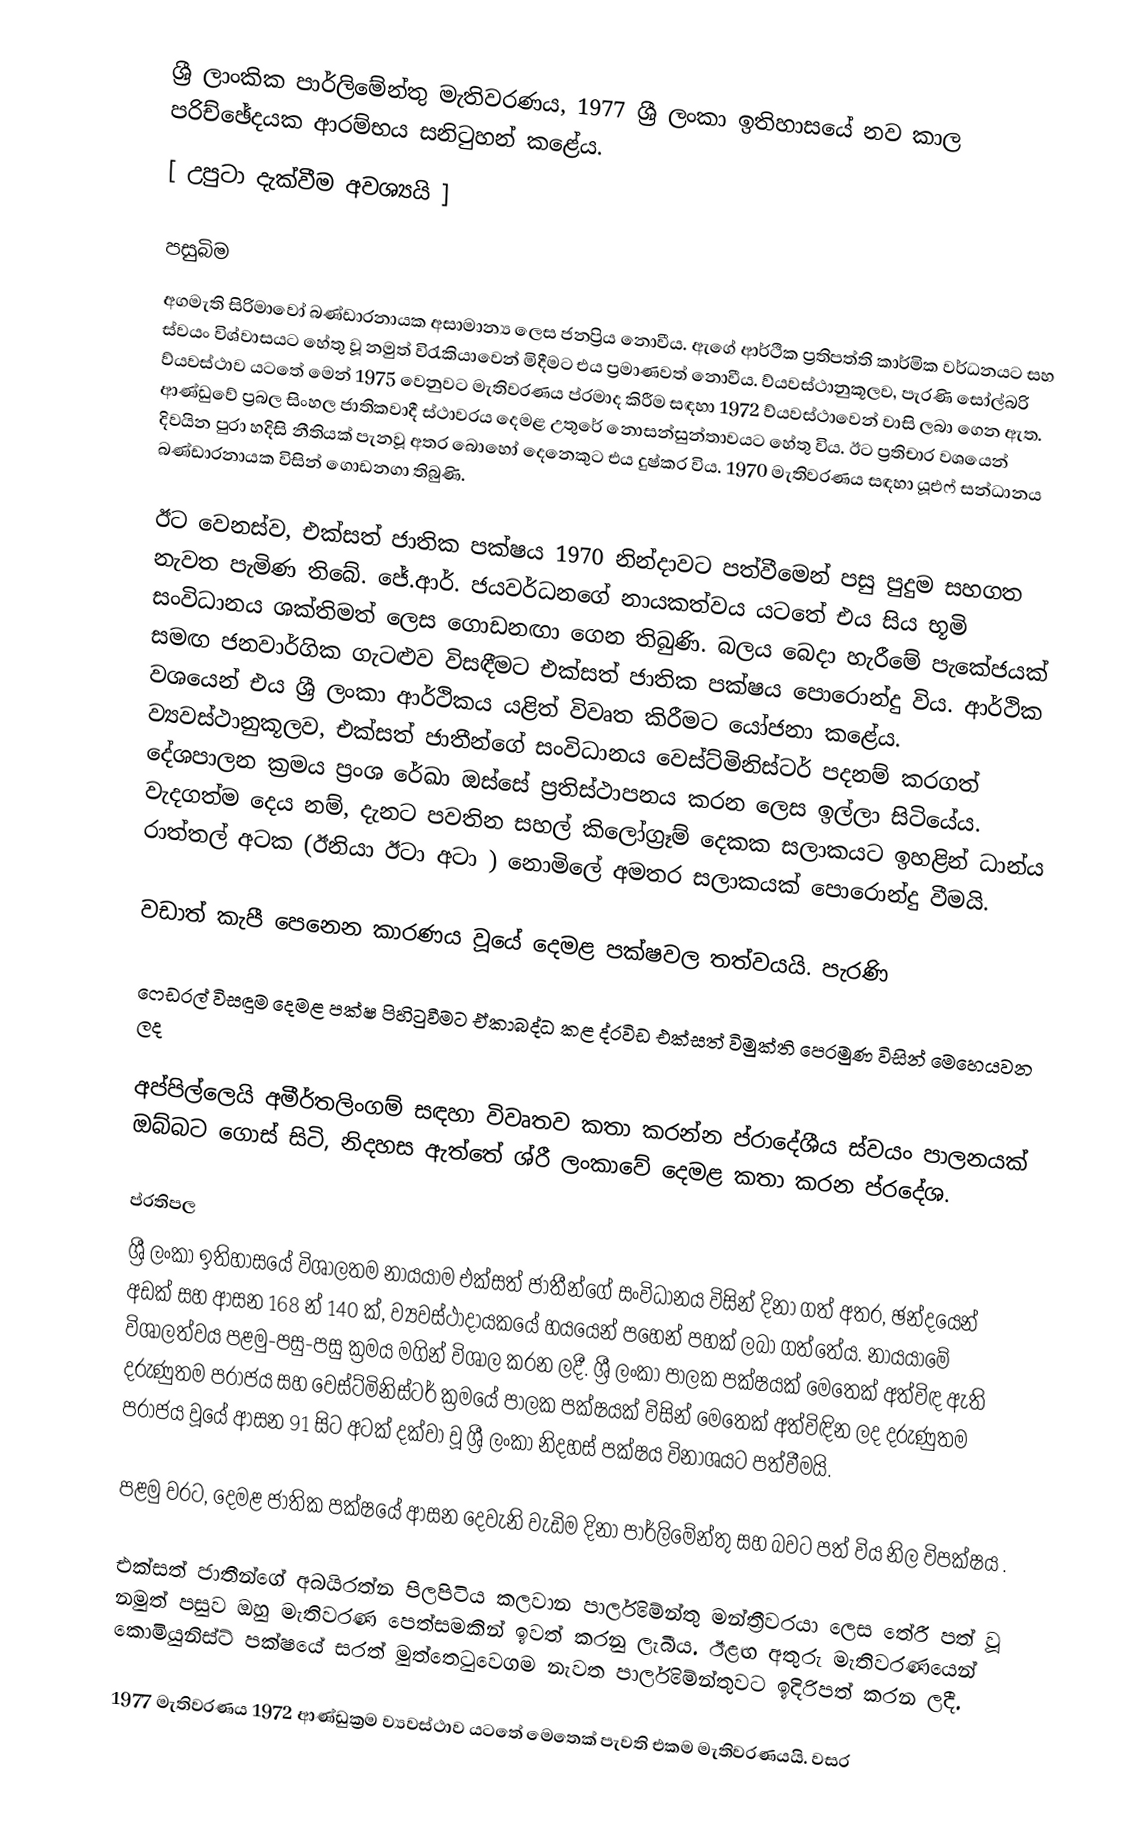
ශ්‍රී ලාංකික පාර්ලිමේන්තු මැතිවරණය, 1977  ශ්‍රී ලංකා ඉතිහාසයේ නව කාල පරිච්ඡේදයක ආරම්භය සනිටුහන් කළේය.
[ උපුටා දැක්වීම අවශ්‍යයි ]

පසුබිම
අගමැති සිරිමාවෝ බණ්ඩාරනායක අසාමාන්‍ය ලෙස ජනප්‍රිය නොවීය. ඇගේ ආර්ථික ප්‍රතිපත්ති කාර්මික වර්ධනයට සහ ස්වයං විශ්වාසයට හේතු වූ නමුත් විරැකියාවෙන් මිදීමට එය ප්‍රමාණවත් නොවීය. ව්යවස්ථානුකූලව, පැරණි සෝල්බරි ව්යවස්ථාව යටතේ මෙන් 1975 වෙනුවට මැතිවරණය ප්රමාද කිරීම සඳහා 1972 ව්යවස්ථාවෙන් වාසි ලබා ගෙන ඇත. ආණ්ඩුවේ ප්‍රබල සිංහල ජාතිකවාදී ස්ථාවරය දෙමළ උතුරේ නොසන්සුන්තාවයට හේතු විය. ඊට ප්‍රතිචාර වශයෙන් දිවයින පුරා හදිසි නීතියක් පැනවූ අතර බොහෝ දෙනෙකුට එය දුෂ්කර විය. 1970 මැතිවරණය සඳහා යූඑෆ් සන්ධානය බණ්ඩාරනායක විසින් ගොඩනගා තිබුණි.

ඊට වෙනස්ව, එක්සත් ජාතික පක්ෂය 1970 නින්දාවට පත්වීමෙන් පසු පුදුම සහගත නැවත පැමිණ තිබේ. ජේ.ආර්. ජයවර්ධනගේ නායකත්වය යටතේ එය සිය භූමි සංවිධානය ශක්තිමත් ලෙස ගොඩනඟා ගෙන තිබුණි. බලය බෙදා හැරීමේ පැකේජයක් සමඟ ජනවාර්ගික ගැටළුව විසඳීමට එක්සත් ජාතික පක්ෂය පොරොන්දු විය. ආර්ථික වශයෙන් එය ශ්‍රී ලංකා ආර්ථිකය යළිත් විවෘත කිරීමට යෝජනා කළේය. ව්‍යවස්ථානුකූලව, එක්සත් ජාතීන්ගේ සංවිධානය වෙස්ට්මිනිස්ටර් පදනම් කරගත් දේශපාලන ක්‍රමය ප්‍රංශ රේඛා ඔස්සේ ප්‍රතිස්ථාපනය කරන ලෙස ඉල්ලා සිටියේය. වැදගත්ම දෙය නම්, දැනට පවතින සහල් කිලෝග්‍රෑම් දෙකක සලාකයට ඉහළින් ධාන්ය රාත්තල් අටක (ඊනියා ඊටා අටා ) නොමිලේ අමතර සලාකයක් පොරොන්දු වීමයි.

වඩාත් කැපී පෙනෙන කාරණය වූයේ දෙමළ පක්ෂවල තත්වයයි. පැරණි

ෆෙඩරල් විසඳුම දෙමළ පක්ෂ පිහිටුවීමට ඒකාබද්ධ කළ ද්රවිඩ එක්සත් විමුක්ති පෙරමුණ විසින් මෙහෙයවන ලද

අප්පිල්ලෙයි අමීර්තලිංගම් සඳහා විවෘතව කතා කරන්න ප්රාදේශීය ස්වයං පාලනයක් ඔබ්බට ගොස් සිටි, නිදහස ඇත්තේ ශ්රී ලංකාවේ දෙමළ කතා කරන ප්රදේශ.

ප්රතිපල
ශ්‍රී ලංකා ඉතිහාසයේ විශාලතම නායයාම එක්සත් ජාතීන්ගේ සංවිධානය විසින් දිනා ගත් අතර, ඡන්දයෙන් අඩක් සහ ආසන 168 න් 140 ක්, ව්‍යවස්ථාදායකයේ හයයෙන් පහෙන් පහක් ලබා ගත්තේය. නායයාමේ විශාලත්වය පළමු-පසු-පසු ක්‍රමය මගින් විශාල කරන ලදී. ශ්‍රී ලංකා පාලක පක්ෂයක් මෙතෙක් අත්විඳ ඇති දරුණුතම පරාජය සහ වෙස්ට්මිනිස්ටර් ක්‍රමයේ පාලක පක්ෂයක් විසින් මෙතෙක් අත්විඳින ලද දරුණුතම පරාජය වූයේ ආසන 91 සිට අටක් දක්වා වූ ශ්‍රී ලංකා නිදහස් පක්ෂය විනාශයට පත්වීමයි.

පළමු වරට, දෙමළ ජාතික පක්ෂයේ ආසන දෙවැනි වැඩිම දිනා පාර්ලිමේන්තු සහ බවට පත් විය නිල විපක්ෂය .

එක්සත් ජාතීන්ගේ අබයිරත්න පිලපිටිය කලවාන පාර්ලිමේන්තු මන්ත්‍රීවරයා ලෙස තේරී පත් වූ නමුත් පසුව ඔහු මැතිවරණ පෙත්සමකින් ඉවත් කරනු ලැබීය. ඊළඟ අතුරු මැතිවරණයෙන් කොමියුනිස්ට් පක්ෂයේ සරත් මුත්තෙටුවෙගම නැවත පාර්ලිමේන්තුවට ඉදිරිපත් කරන ලදී.

1977 මැතිවරණය 1972 ආණ්ඩුක්‍රම ව්‍යවස්ථාව යටතේ මෙතෙක් පැවති එකම මැතිවරණයයි.  වසර